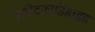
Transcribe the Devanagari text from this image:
एसीटाल्डिहाइड